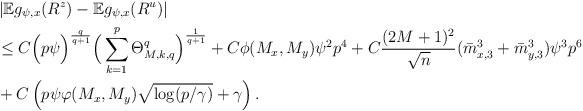
LaTeX: \begin{align*}& \left|\mathbb{E}g_{\psi,x}(R^z)-\mathbb{E}g_{\psi,x}(R^{u})\right| \\& \leq C\Big( p \psi \Big)^{\frac{q}{q+1}} \Big( \sum_{k=1}^p \Theta_{M,k,q}^q \Big)^{\frac{1}{q+1}}+C \phi(M_x, M_y) \psi^2 p^4 +C\frac{(2M+1)^2}{\sqrt{n}}(\bar{m}^3_{x,3}+\bar{m}^3_{y,3})\psi^3 p^6 \\&+C\left(p \psi \varphi(M_x, M_y) \sqrt{\log (p/\gamma)}+\gamma \right). \end{align*}